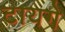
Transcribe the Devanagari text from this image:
टायगे